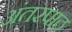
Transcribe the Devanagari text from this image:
अंतरपाठ